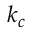
k _ { c }